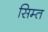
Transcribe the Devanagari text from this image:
सिम्त